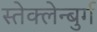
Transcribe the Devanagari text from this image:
स्तेक्लेन्बुर्ग